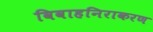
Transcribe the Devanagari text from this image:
विवाहनिराकरण